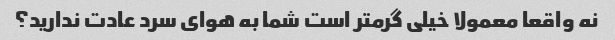
نه واقعا معمولا خیلی گرمتر است شما به هوای سرد عادت ندارید؟